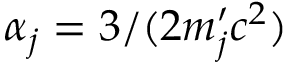
\alpha _ { j } = 3 / ( 2 m _ { j } ^ { \prime } c ^ { 2 } )